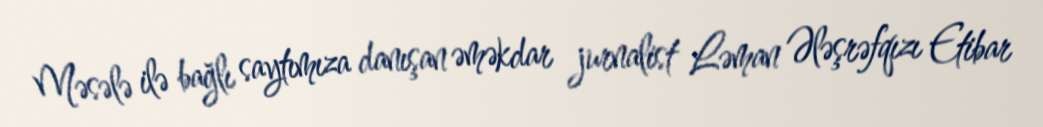
Məsələ ilə bağlı saytımıza danışan əməkdar jurnalist Ləman Ələşrəfqızı Etibar